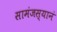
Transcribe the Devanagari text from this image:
सामंजस्यानं